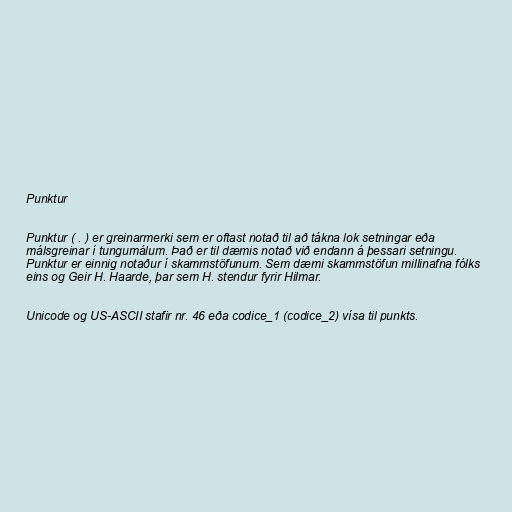
Punktur

Punktur ( . ) er greinarmerki sem er oftast notað til að tákna lok setningar eða
málsgreinar í tungumálum. Það er til dæmis notað við endann á þessari setningu.
Punktur er einnig notaður í skammstöfunum. Sem dæmi skammstöfun millinafna fólks
eins og Geir H. Haarde, þar sem H. stendur fyrir Hilmar.

Unicode og US-ASCII stafir nr. 46 eða codice_1 (codice_2) vísa til punkts.